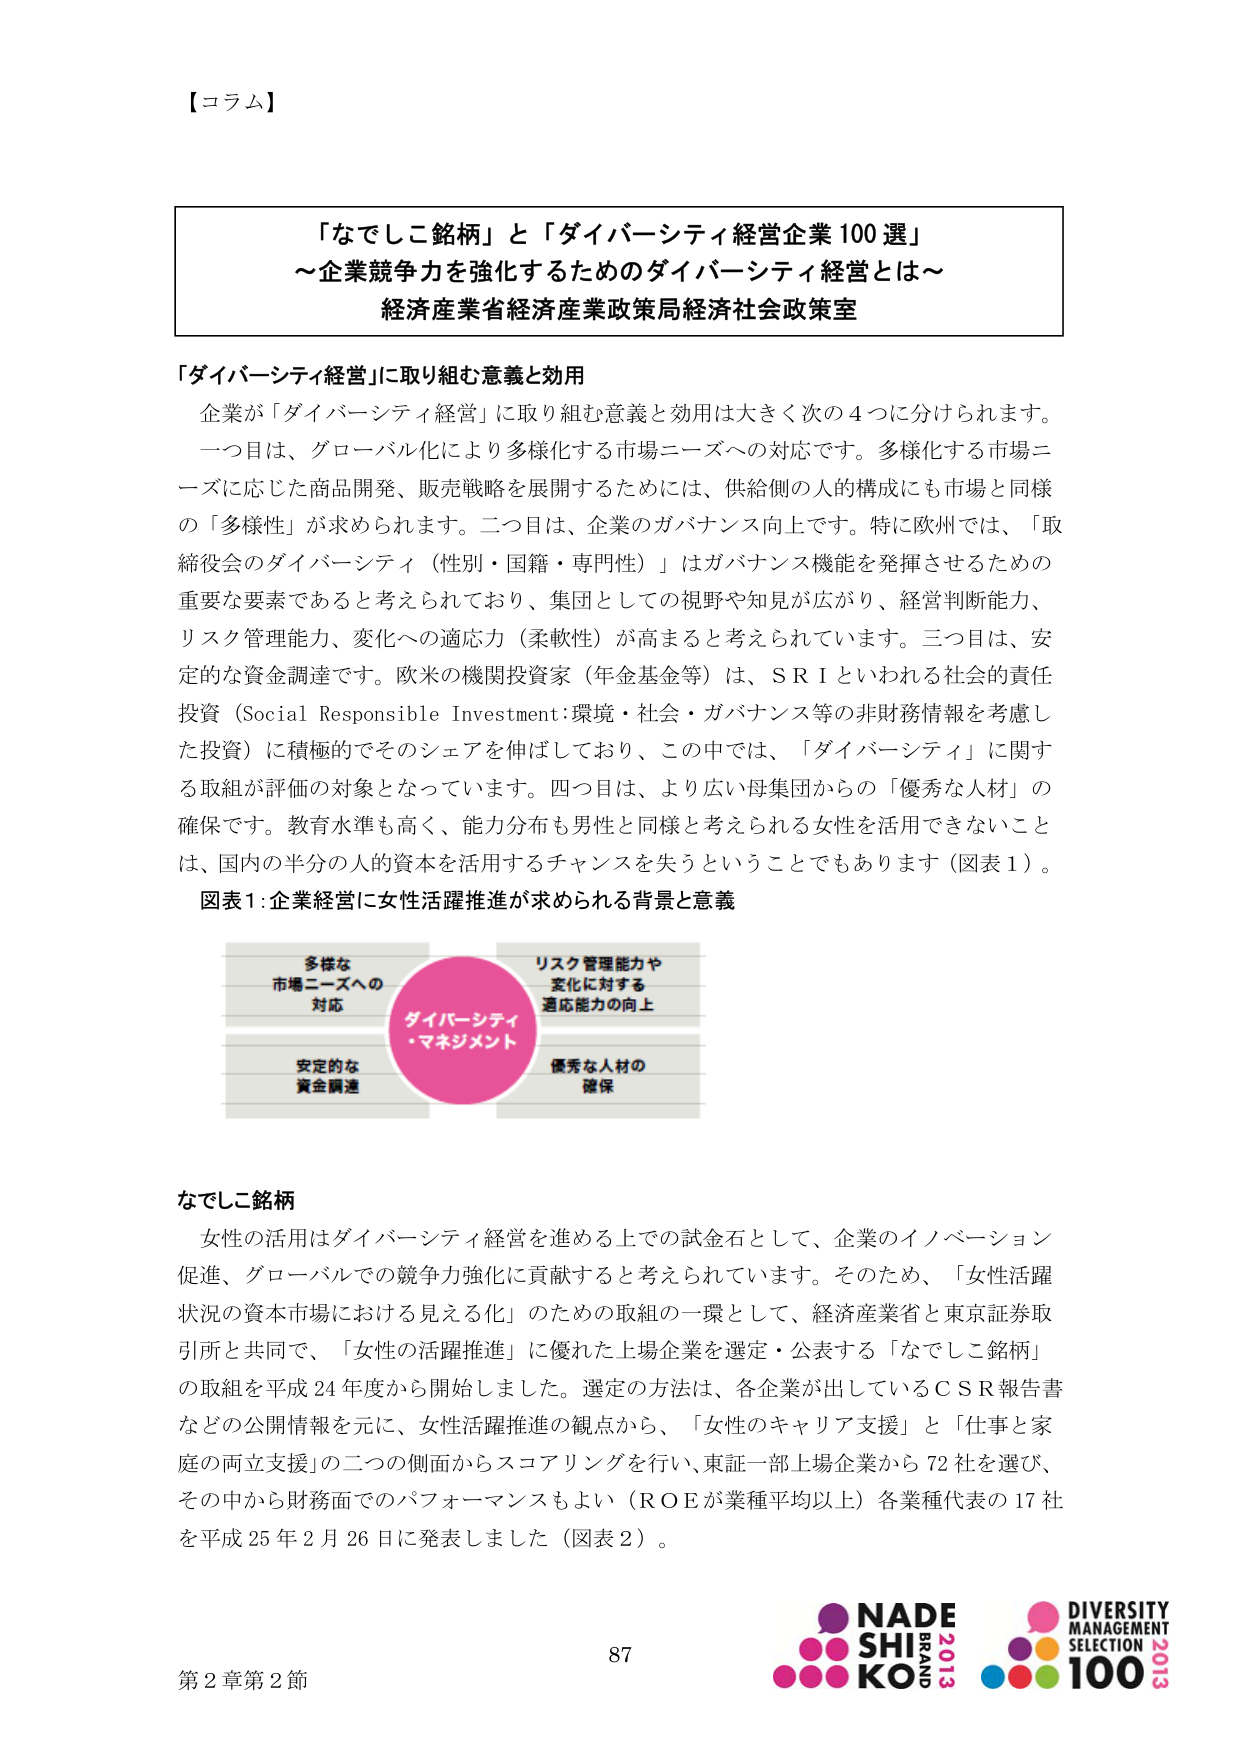
【コラム】

「なでしこ銘柄」と「ダイバーシティ経営企業100選」
～企業競争力を強化するためのダイバーシティ経営とは～
経済産業省経済産業政策局経済社会政策室

「ダイバーシティ経営」に取り組む意義と効用
企業が「ダイバーシティ経営」に取り組む意義と効用は大きく次の4つに分けられます。
一つ目は、グローバル化により多様化する市場ニーズへの対応です。多様化する市場ニーズに応じた商品開発、販売戦略を展開するためには、供給側の人的構成にも市場と同様の「多様性」が求められます。二つ目は、企業のガバナンス向上です。特に欧州では、「取締役会のダイバーシティ（性別・国籍・専門性）」はガバナンス機能を発揮させるための重要な要素であると考えられており、集団としての視野や知見が広がり、経営判断能力、リスク管理能力、変化への適応力（柔軟性）が高まると考えられています。三つ目は、安定的な資金調達です。欧米の機関投資家（年金基金等）は、SRIといわれる社会的責任投資（Social Responsible Investment：環境・社会・ガバナンス等の非財務情報を考慮した投資）に積極的でそのシェアを伸ばしており、この中では、「ダイバーシティ」に関する取組が評価の対象となっています。四つ目は、より広い母集団からの「優秀な人材」の確保です。教育水準も高く、能力分布も男性と同様と考えられる女性を活用できないことは、国内の半分の人的資本を活用するチャンスを失うということもあり得ます（図表1）。

図表1：企業経営に女性活躍推進が求められる背景と意義

多様な
市場ニーズへの
対応

リスク管理能力や
変化に対する
適応能力の向上

ダイバーシティ
・マネジメント

安定的な
資金調達

優秀な人材の
確保

なでしこ銘柄
女性の活用はダイバーシティ経営を進める上での試金石として、企業のイノベーション促進、グローバルでの競争力強化に貢献すると考えられています。そのため、「女性活躍状況の資本市場における見える化」のための取組の一環として、経済産業省と東京証券取引所と共同で、「女性の活躍推進」に優れた上場企業を選定・公表する「なでしこ銘柄」の取組を平成24年度から開始しました。選定の方法は、各企業が出しているCSR報告書などの公開情報を元に、女性活躍推進の観点から、「女性のキャリア支援」と「仕事と家庭の両立支援」の二つの側面からスコアリングを行い、東証一部上場企業から72社を選び、その中から財務面でのパフォーマンスもよい（ROEが業種平均以上）各業種代表の17社を平成25年2月26日に発表しました（図表2）。

87
第2章第2節

NADE
SHI
KO
BRAND
2013

DIVERSITY
MANAGEMENT
SELECTION
100
2013